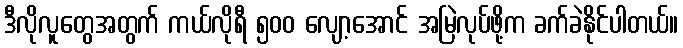
ဒီလိုလူတွေအတွက် ကယ်လိုရီ ၅၀၀ လျော့အောင် အမြဲလုပ်ဖို့က ခက်ခဲနိုင်ပါတယ်။